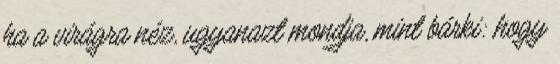
ha a virágra néz, ugyanazt mondja, mint bárki: hogy